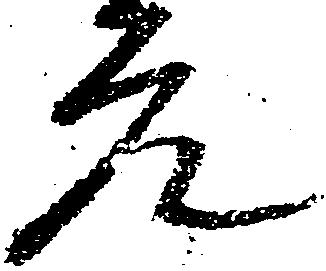
元